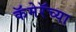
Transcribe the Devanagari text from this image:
कॅमेरॅच्या